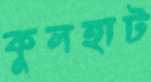
কুলহাট